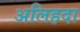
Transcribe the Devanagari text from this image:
अलिहदा